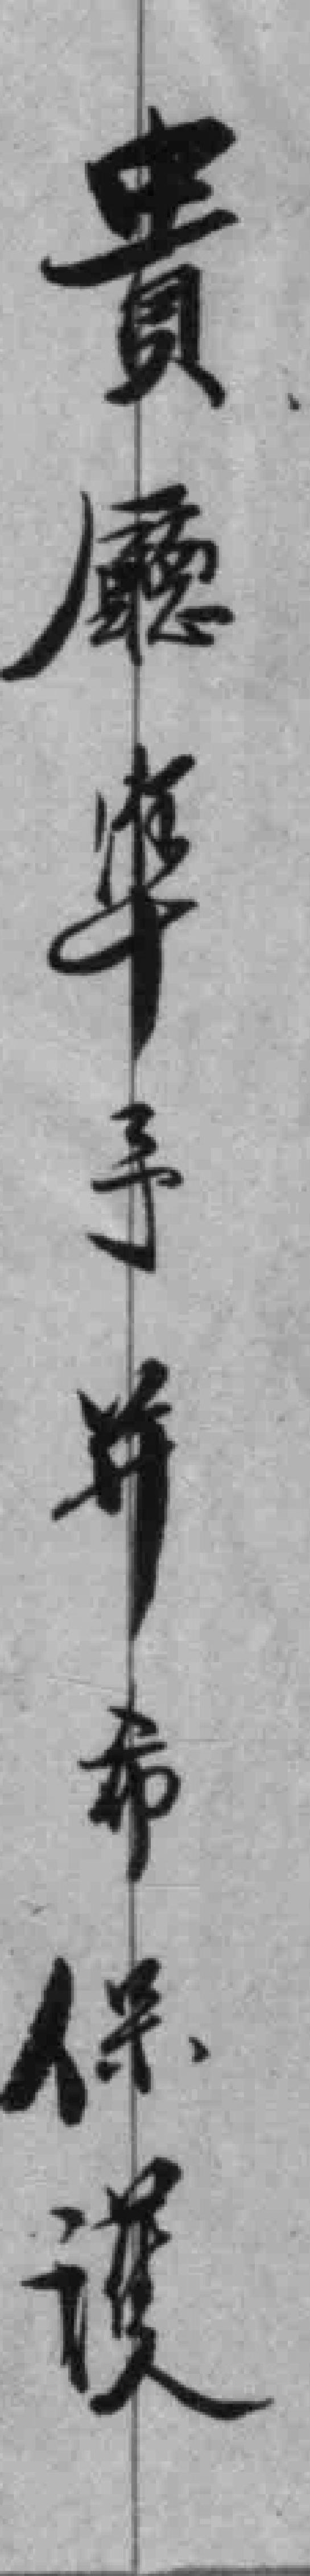
貴廳華手并希保護